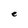
Character: e